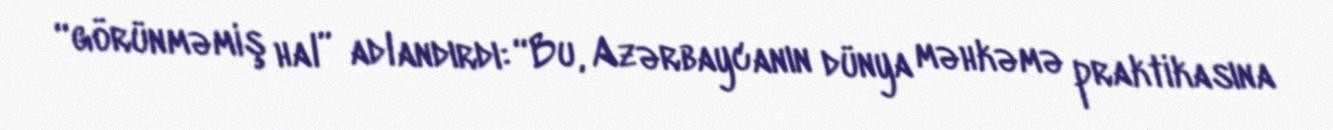
“görünməmiş hal” adlandırdı: “Bu, Azərbaycanın dünya məhkəmə praktikasına